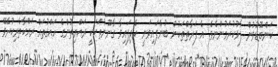
ކަންބޮޑުވުން ފާޅުކުރަމުންނެވެ. އެ ފަރާތްތަކުން ބުނެފައިވަނީ ހެދިފައިވާ ގާނޫނުތަކަކީ ރައްޔިތުންގެ ހައްގުތައް ރައްކާތެރިކުރެވޭ